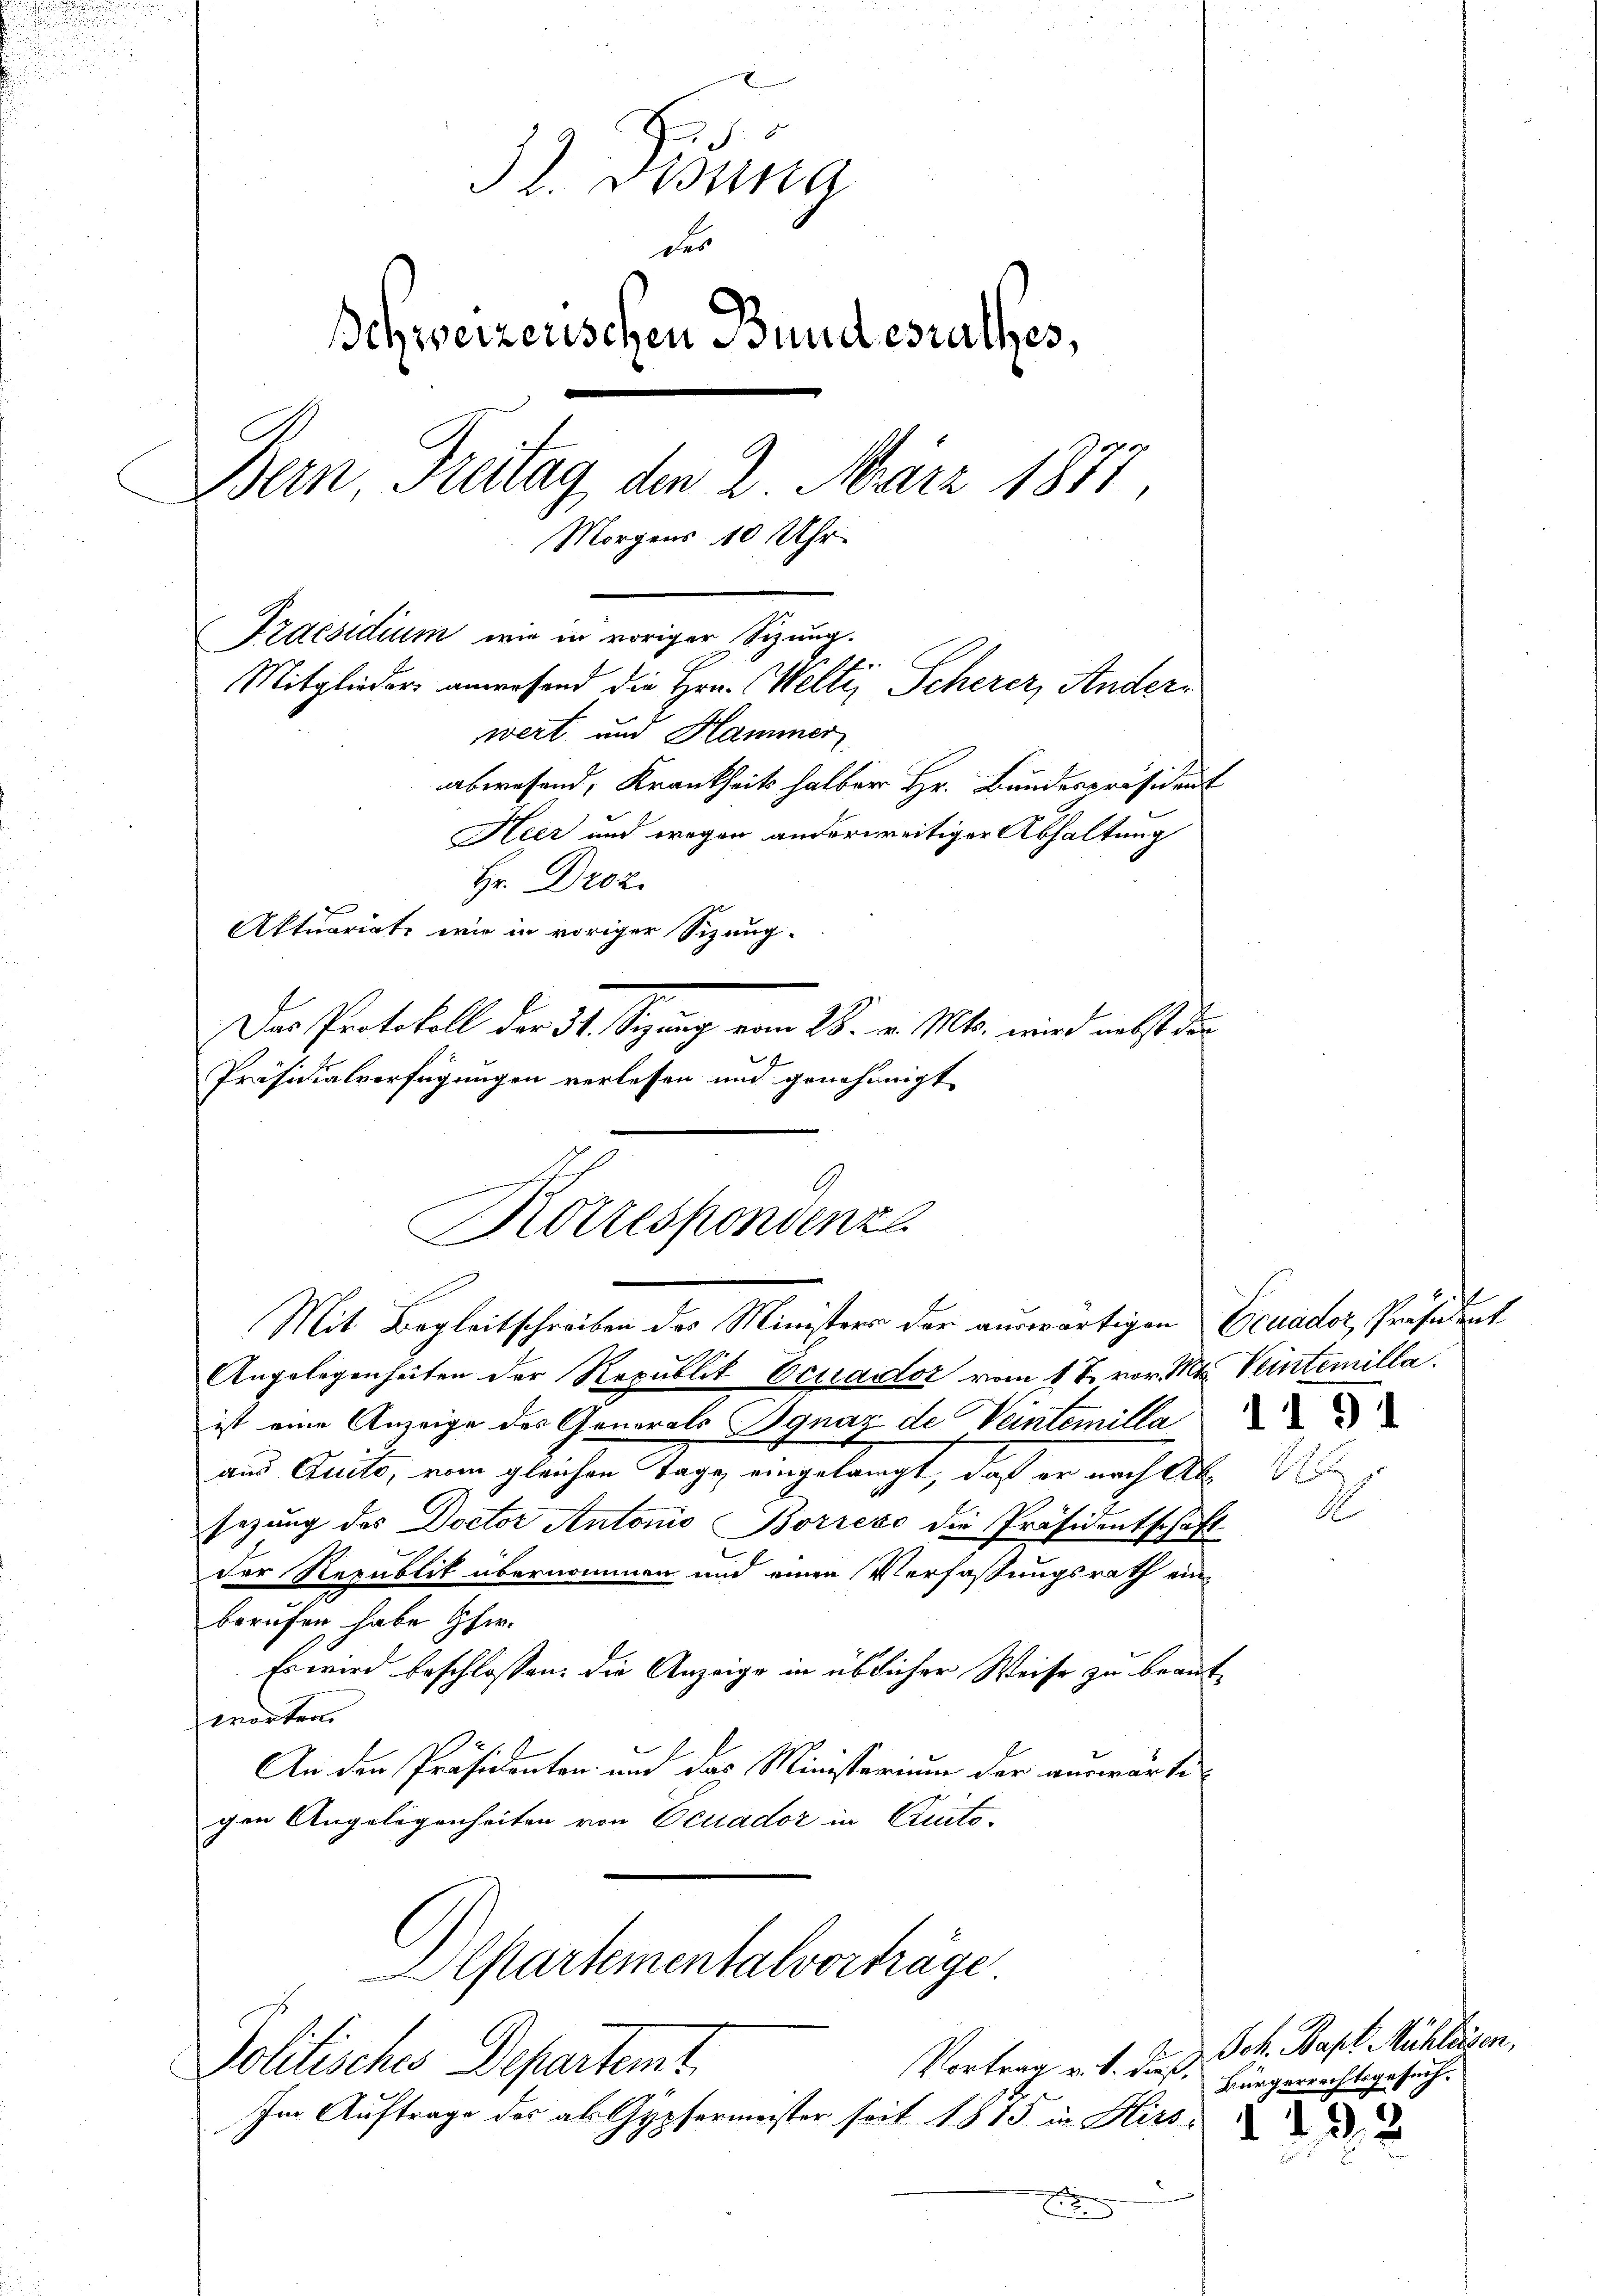
32. Fidung
des
Schweizerischen Bundesrathes,
Bern Freitag den 2. März 1877,
Morgens 10 Uhr

Praesidium wie in voriger Sizung.
Mitglieder anwesend die Hrn. Welti, Scherer, Anderwert und Hammer

Hr. Droz.
Aktuariats wie in voriger Sizang-

Korrespondenze
Mit Begleitschreiben des Ministers der auswärtigen Ecuador Präsident

Angelegenheiten der Republik Ecuador vom 17. vor. Mts. Veintemilla
ist eine Anzeige der Generals Ignaz de Veintemilla
ans Quito, vom gleichen Tage, eingelangt, daß er nach Absezung des Doctor Antonio Borredo die Präsidentschaft
der Republik übernommen und einen Verfaßungsrath einberufen habe her.
Es wird beschlossen: die Anzeige in üblicher Weise zu beantmorten.
An den Präsidenten und das Ministerium der auswärte
gen Angelegenheiten von Ocuador in Curts-
Alpartementalvorträge
Politisches Departemt
Vortrag v. 1. dieß.
Im Auftrage des als Gypfermeister seit 1815 in Hirs-
E

abwesend, Krankheits halber Hr. Bundespräsident
Der Protokoll der 34. Sigung vom 28. v. Mts. wird nebst der
Präsidialverfügungen verlesen und genehmigt

Heer und wegen anderweitiger Abhaltung

.

Joh. Bapt. Muhlesen,
Bürgerrechtsgesuch.

1 188